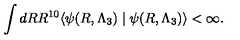
\int d R R ^ { 1 0 } \langle \psi ( R , \Lambda _ { 3 } ) \mid \psi ( R , \Lambda _ { 3 } ) \rangle < \infty .